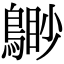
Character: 𪃐